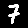
Digit: 7